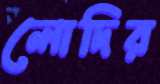
লোদির